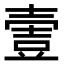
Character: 𡔹